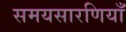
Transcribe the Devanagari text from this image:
समयसारणियाँ